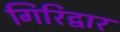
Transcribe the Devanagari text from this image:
गिरिद्वार